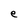
Character: e